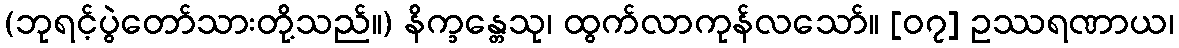
(ဘုရင့်ပွဲတော်သားတို့သည်။) နိက္ခန္တေသု၊ ထွက်လာကုန်လသော်။ [၀၇] ဥဿရဏာယ၊